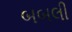
બબલી